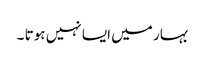
بہار میں ایسا نہیں ہوتا ۔